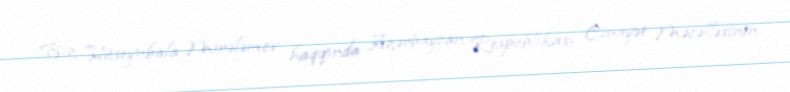
Biz Hüseynbala Mirələmov haqqında Azərbaycan Respublikası Cinayət Məcəlləsinin